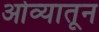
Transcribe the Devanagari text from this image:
ओव्यातून